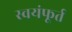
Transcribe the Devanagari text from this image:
स्वयंफूर्त